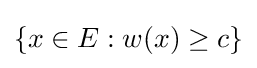
\{x\in E:w(x)\geq c\}